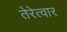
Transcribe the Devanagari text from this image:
तेरेत्वार